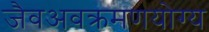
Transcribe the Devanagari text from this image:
जैवअवक्रमणयोग्य